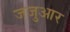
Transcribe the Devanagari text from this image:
जजुआर